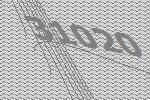
31020